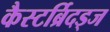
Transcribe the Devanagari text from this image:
कैस्टर्ब्रिदड्ज